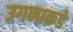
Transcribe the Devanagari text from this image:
उगमाकडे